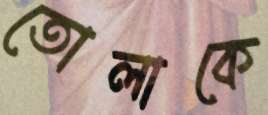
তোলাকে